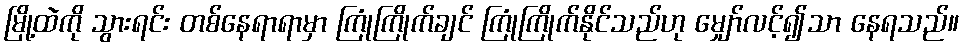
မြို့ထဲကို သွားရင်း တစ်နေရာရာမှာ ကြုံကြိုက်ချင် ကြုံကြိုက်နိုင်သည်ဟု မျှော်လင့်၍သာ နေရသည်။